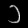
Digit: ၁